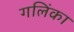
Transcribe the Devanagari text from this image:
गलिंका